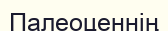
Палеоценнің